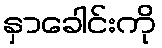
နှာခေါင်းကို